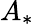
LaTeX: A_{*}